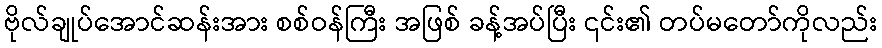
ဗိုလ်ချုပ်အောင်ဆန်းအား စစ်ဝန်ကြီး အဖြစ် ခန့်အပ်ပြီး ၎င်း၏ တပ်မတော်ကိုလည်း